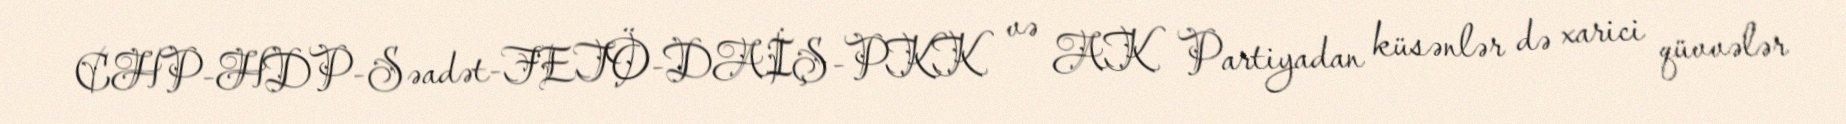
CHP-HDP-Səadət-FETÖ-DAİŞ-PKK və AK Partiyadan küsənlər də xarici qüvvələr